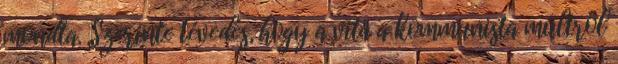
mondta. Szerinte tévedés, hogy a vita a kommunista múltról